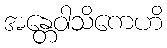
အန္တေဝါသိကေဟိ